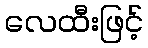
လေထီးဖြင့်